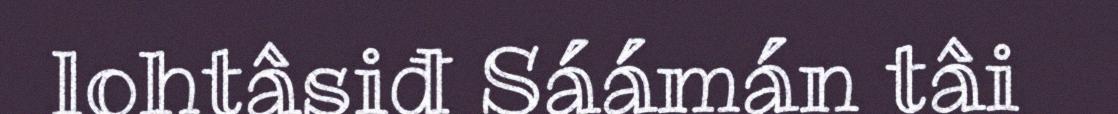
lohtâsiđ Sáámán tâi